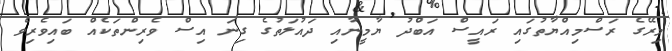
މިރޭގެ ރަސްމިއްޔާތުގައި ރައީސް އަބްދު ޔާމީނާއި ދައުލަތުގެ ގިނަ އިސް ވެރިންތަކެއް ބައިވެރިވެ